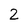
Character: 2